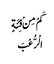
کَمْ مِنْ فِئَةٍ
الْرُّعْبَ